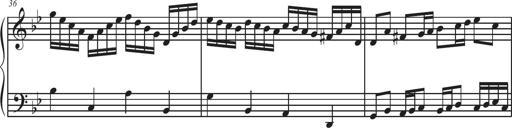
Title: Sonatina Espania
Composer: Jerald Franklin Archer
Key: Various